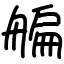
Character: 艑